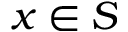
x \in S